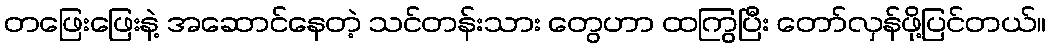
တဖြေးဖြေးနဲ့ အဆောင်နေတဲ့ သင်တန်းသား တွေဟာ ထကြွပြီး တော်လှန်ဖို့ပြင်တယ်။